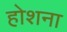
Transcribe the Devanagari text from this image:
होशना